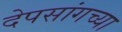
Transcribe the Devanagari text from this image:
देपसांगच्या